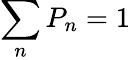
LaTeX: \sum_{n}P_{n}=1